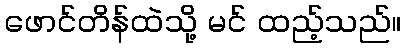
ဖောင်တိန်ထဲသို့ မင် ထည့်သည်။